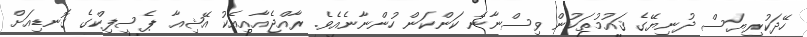
ހޭދަކުރިޔަސް ދުނިޔޭގެ ޤައުމުތަކުން ވިސްނާނެ ކަންކަން ހުންނާނެއެވެ. ރާއްޖެއާއިއެކު އޭޝިއާ ޕެސިފިކްގެ ގޮނޑިއަށް